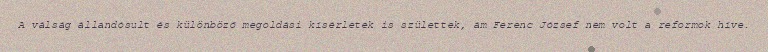
A válság állandósult és különböző megoldási kísérletek is születtek, ám Ferenc József nem volt a reformok híve.